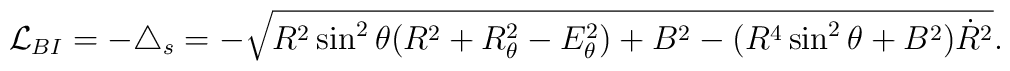
{\cal L}_{BI} = -\bigtriangleup_s = - \sqrt{R^2 \sin^2 \theta (R^2 + R_{\theta}^2 - E_{\theta}^2) + B^2 - (R^4 \sin^2 \theta + B^2) \dot{R}^2}.